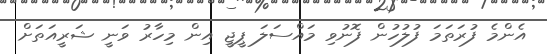
އެންމެ ފުރަތަމަ ފުލުހުން ފޮނުވި މައްސަލަ ޕީޖީ އިން މިހާރު ވަނީ ޝަރީއަތަށް